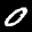
Label: 0